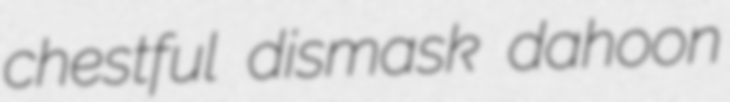
chestful dismask dahoon